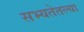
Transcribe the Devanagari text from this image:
सभ्यतेतल्या